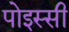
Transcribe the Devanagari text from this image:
पोइस्सी